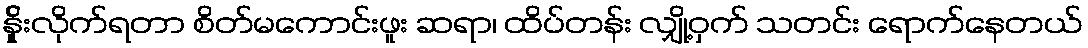
န်ှိုးလိုက်ရတာ စိတ်မကောင်းဖူး ဆရာ၊ ထိပ်တန်း လျှို့ဝှက် သတင်း ရောက်နေတယ်